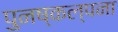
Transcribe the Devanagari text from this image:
पुनष्कल्पना